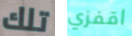
تلك اقفزي